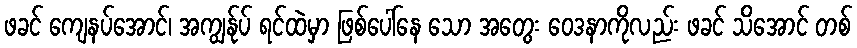
ဖခင် ကျေနပ်အောင်၊ အကျွန်ုပ် ရင်ထဲမှာ ဖြစ်ပေါ်နေ သော အတွေး ဝေဒနာကိုလည်း ဖခင် သိအောင် တစ်